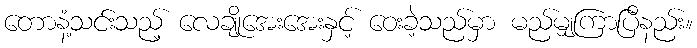
တောနံ့သင်းသည့် လေချိုအေးအေးနှင့် ဝေးခဲ့သည်မှာ မည်မျှကြာပြီနည်း။